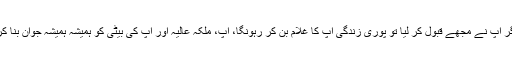
یقین مانیں اگر آپ نے مجھے قبول کر لیا تو پوری زندگی آپ کا غلام بن کر رہونگا، آپ، ملکہ عالیہ اور آپ کی بیٹی کو ہمیشہ ہمیشہ جوان بنا کر رکھوں گا۔